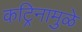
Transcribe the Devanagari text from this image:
कट्रिनामुळे